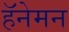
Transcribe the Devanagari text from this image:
हॅनेमन